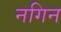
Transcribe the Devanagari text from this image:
नगिन